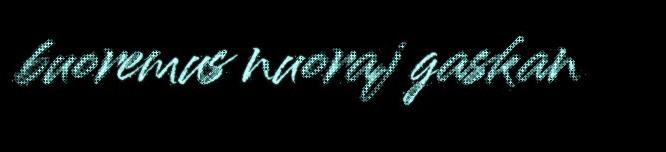
buoremus nuoraj gaskan